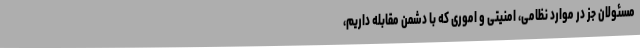
مسئولان جز در موارد نظامی، امنیتی و اموری که با دشمن مقابله داریم،